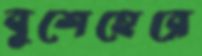
বুশেহেরে